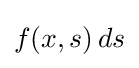
f(x,s)\,ds